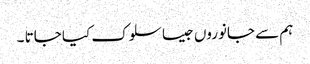
ہم سے جانوروں جیسا سلوک کیا جاتا ۔